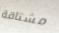
مشتاقة